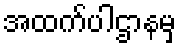
အထက်ပါဌာနမှ